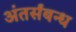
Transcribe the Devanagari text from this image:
अंतर्संबन्ध